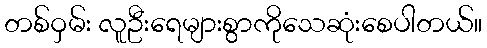
တစ်ဝှမ်း လူဦးရေများစွာကိုသေဆုံးစေပါတယ်။